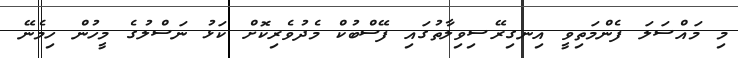
މި މައްސަލަ ފެންމަތިވީ އިނގިރޭސިވިލާތުގައި ފޭސްބުކް މެދުވެރިކޮށް ކަޅު ނަސްލުގެ މީހުން ހިމެނޭ